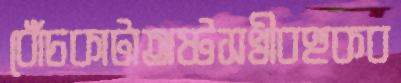
বোঁচকাটাঅষ্টসখীবহুকব